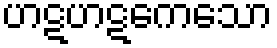
ဟဋဟဋကေသော